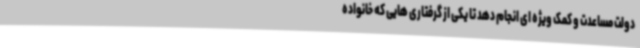
دولت مساعدت و کمک ویژه ای انجام دهد تا یکی از گرفتاری هایی که خانواده